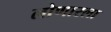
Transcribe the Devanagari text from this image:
लोणारला